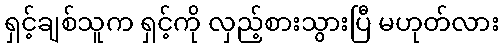
ရှင့်ချစ်သူက ရှင့်ကို လှည့်စားသွားပြီ မဟုတ်လား